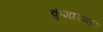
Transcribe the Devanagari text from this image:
कुंभारमाठ